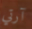
آرتي